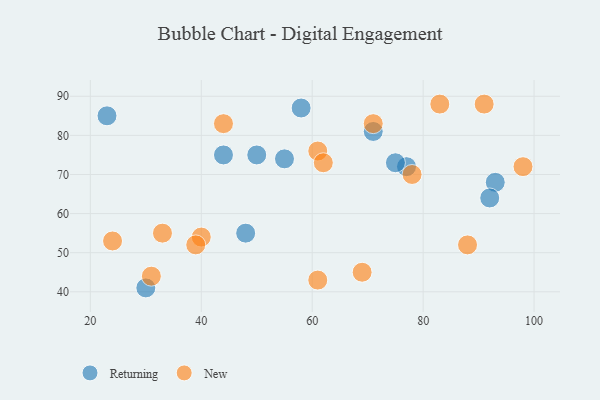
{"axis": {"x": "GDP", "y": "Life Expectancy"}, "legend": ["New", "Returning"], "data": [{"x": "55", "y": 74, "type": "Returning"}, {"x": "48", "y": 55, "type": "Returning"}, {"x": "23", "y": 85, "type": "Returning"}, {"x": "58", "y": 87, "type": "Returning"}, {"x": "93", "y": 68, "type": "Returning"}, {"x": "44", "y": 75, "type": "Returning"}, {"x": "30", "y": 41, "type": "Returning"}, {"x": "71", "y": 81, "type": "Returning"}, {"x": "77", "y": 72, "type": "Returning"}, {"x": "50", "y": 75, "type": "Returning"}, {"x": "75", "y": 73, "type": "Returning"}, {"x": "92", "y": 64, "type": "Returning"}, {"x": "83", "y": 88, "type": "New"}, {"x": "61", "y": 43, "type": "New"}, {"x": "40", "y": 54, "type": "New"}, {"x": "24", "y": 53, "type": "New"}, {"x": "69", "y": 45, "type": "New"}, {"x": "88", "y": 52, "type": "New"}, {"x": "98", "y": 72, "type": "New"}, {"x": "61", "y": 76, "type": "New"}, {"x": "33", "y": 55, "type": "New"}, {"x": "91", "y": 88, "type": "New"}, {"x": "39", "y": 52, "type": "New"}, {"x": "44", "y": 83, "type": "New"}, {"x": "71", "y": 83, "type": "New"}, {"x": "31", "y": 44, "type": "New"}, {"x": "62", "y": 73, "type": "New"}, {"x": "78", "y": 70, "type": "New"}]}